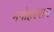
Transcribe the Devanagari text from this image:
मनोहरराम